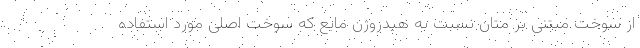
از سوخت مبتنی بر متان نسبت به هیدروژن مایع که سوخت اصلی مورد استفاده